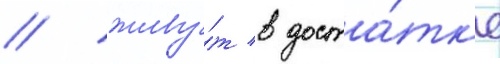
/ живу́т в доста́тк'е